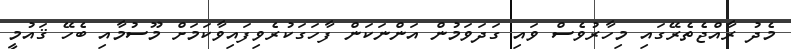
މެދު ރާއްޖެތެރޭގައި މިހާރުވެސް ވައި ގަދަވަމުން އަންނަކަން ފާހަގަކުރެވިފައިވާކަމަށް މޫސުމާއި ބެހޭ ޤައުމީ